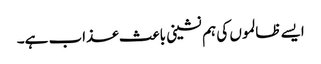
ایسے ظالموں کی ہم نشینی باعث عذاب ہے۔